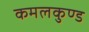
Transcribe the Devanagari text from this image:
कमलकुण्ड